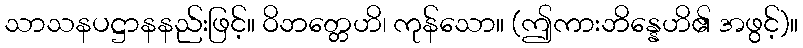
သာသနပဋ္ဌာနနည်းဖြင့်။ ဝိဘတ္တေဟိ၊ ကုန်သော။ (ဤကားဘိန္နေဟိ၏ အဖွင့်)။